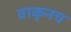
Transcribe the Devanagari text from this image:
वाकूनच